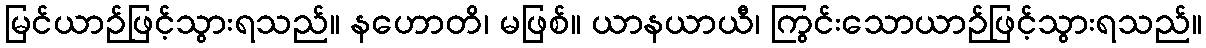
မြင်ယာဉ်ဖြင့်သွားရသည်။ နဟောတိ၊ မဖြစ်။ ယာနယာယီ၊ ကြွင်းသောယာဉ်ဖြင့်သွားရသည်။